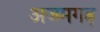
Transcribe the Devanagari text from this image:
अजमगढ़